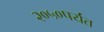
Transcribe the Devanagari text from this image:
२०५०पर्यंत